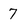
Character: 7